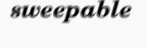
sweepable